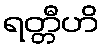
ရတ္တီဟိ